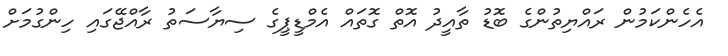
އެހެންކަމުން ރައްޔިތުންގެ ބޮޑު ތާއީދު އޮތް ގޮތައް އެމްޑީޕީގެ ސިޔާސަތު ރާއްޖޭގައި ހިންގުމަށް